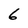
Character: 6